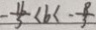
- \frac { 1 6 } { 5 } < b < - \frac { 8 } { 3 }